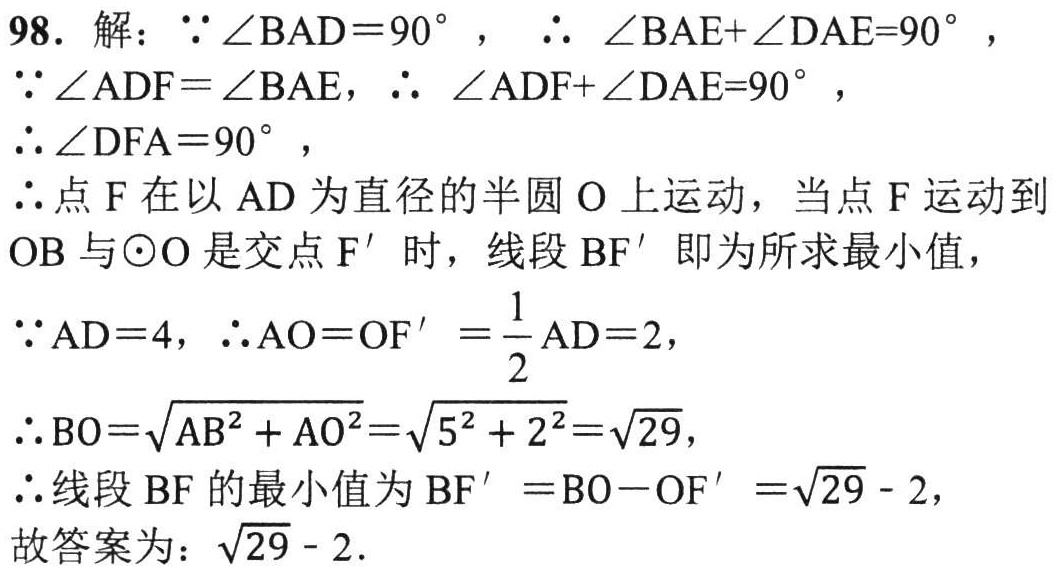
98. 解：$\because\angle BAD = 90^{\circ}$，$\therefore\angle BAE+\angle DAE = 90^{\circ}$，
$\because\angle ADF=\angle BAE$，$\therefore\angle ADF+\angle DAE = 90^{\circ}$，
$\therefore\angle DFA = 90^{\circ}$，
$\therefore$点 F 在以 AD 为直径的半圆 O 上运动，当点 F 运动到
OB 与$\odot O$是交点 F' 时，线段 BF' 即为所求最小值，
$\because AD = 4$，$\therefore AO = OF'=\frac{1}{2}AD = 2$，
$\therefore BO=\sqrt{AB^{2}+AO^{2}}=\sqrt{5^{2}+2^{2}}=\sqrt{29}$，
$\therefore$线段 BF 的最小值为$BF'=BO - OF'=\sqrt{29}-2$，
故答案为：$\sqrt{29}-2$.